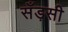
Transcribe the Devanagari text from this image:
सँड़सी